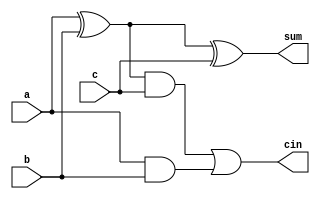
module FA (
a,
b,
c,
sum,
cin
);
input a;
input b,c;

output sum,cin;

wire w1;
wire w2,w3;
xor(w1 , a,b);
xor(sum,w1,c);
and (w2,a,b);
and(w3,w1,c);
or(cin,w3,w2);
// cout = ab +(a^b)cin
// cout = ab + (abbar + abarb)cin



endmodule